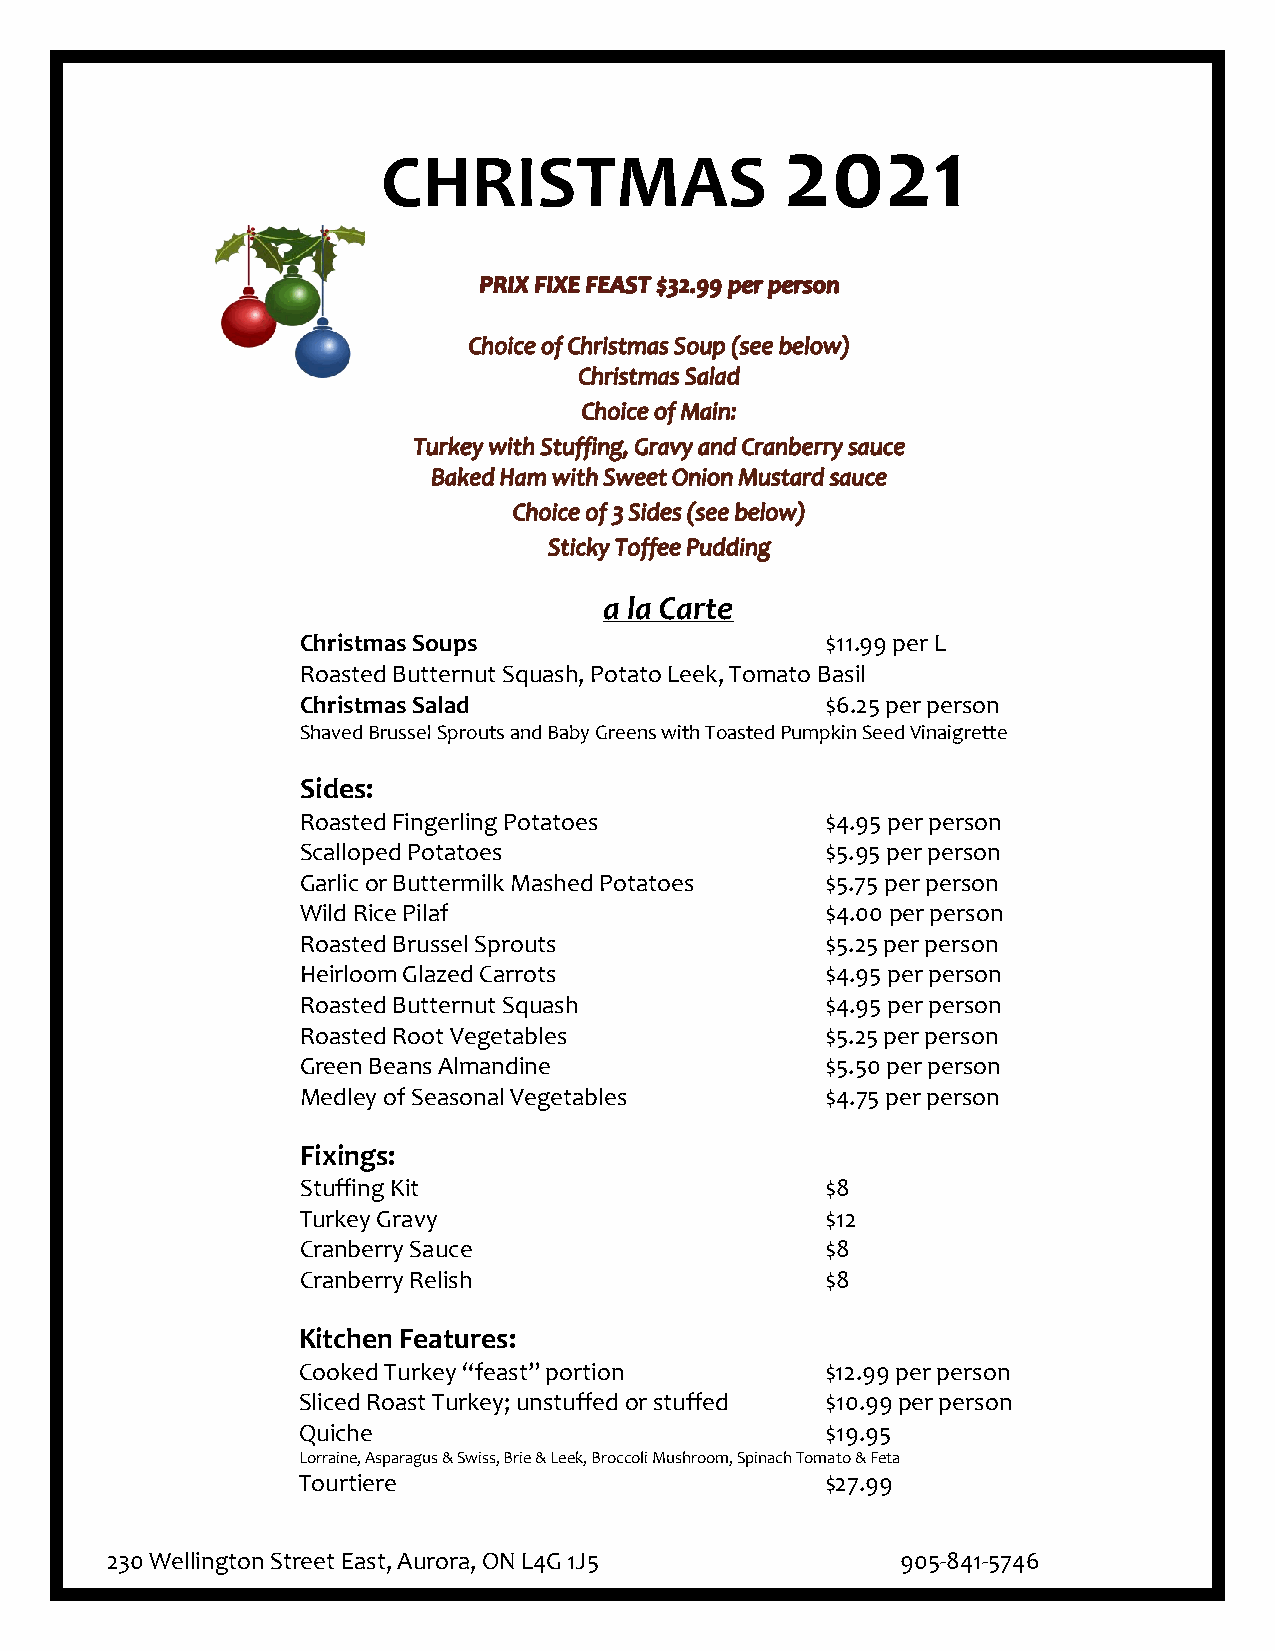
2021
 CHRISTMAS
 a la Carte
 Christmas Soups                    $11.99 per L
 Roasted Butternut Squash, Potato Leek, Tomato Basil
 Christmas Salad                    $6.25 per person
 Shaved Brussel Sprouts and Baby Greens with Toasted Pumpkin Seed Vinaigrette
 Sides:
 Roasted Fingerling Potatoes        $4.95 per person
 Scalloped Potatoes                 $5.95 per person
 Garlic or Buttermilk Mashed Potatoes $5.75 per person
 Wild Rice Pilaf                    $4.00 per person
 Roasted Brussel Sprouts            $5.25 per person
 Heirloom Glazed Carrots            $4.95 per person
 Roasted Butternut Squash           $4.95 per person
 Roasted Root Vegetables            $5.25 per person
 Green Beans Almandine              $5.50 per person
 Medley of Seasonal Vegetables      $4.75 per person
 Fixings:
 Stuffing Kit                       $8
 Turkey Gravy                       $12
 Cranberry Sauce                    $8
 Cranberry Relish                   $8
 Kitchen Features:
 Cooked Turkey “feast” portion      $12.99 per person
 Sliced Roast Turkey; unstuffed or stuffed $10.99 per person
 Quiche                             $19.95
 Lorraine, Asparagus & Swiss, Brie & Leek, Broccoli Mushroom, Spinach Tomato & Feta
 Tourtiere                          $27.99
 230 Wellington Street East, Aurora, ON L4G 1J5       905-841-5746